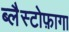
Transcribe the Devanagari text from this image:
ब्लैस्टोफ़ागा